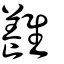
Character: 𩁥